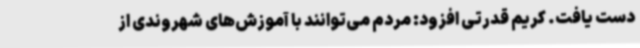
دست یافت. کریم قدرتی افزود: مردم می‌توانند با آموزش‌های شهروندی از